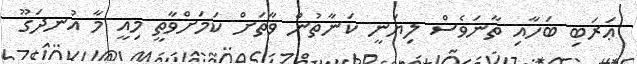
ޢަރަބި ބަހާއި ތާނަވެސް ލިޔަނީ ކަނާތުން ވާތަށް ކަމަށްވާތީ މިއީ މާ އުނދަގޫ